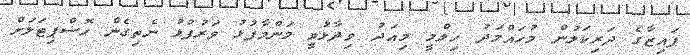
ފައިޒާގެ ދަރިކަލުން މުހައްމަދު ހިލްމީ މިއަދު ވިދާޅުވީ މަންމާފުޅު ވަރުފުޅު ނެތިގެން ހޮސްޕިޓަލަށް